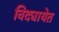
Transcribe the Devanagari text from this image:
विद्यायेत